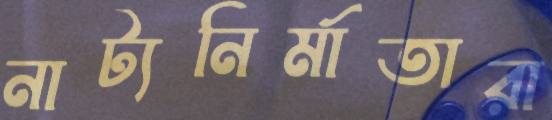
নাট্যনির্মাতারা